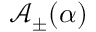
\mathbf { \mathcal { A } } _ { \pm } ( \alpha )